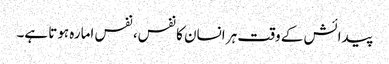
پیدائش کے وقت ہر انسان کا نفس، نفس امارہ ہوتا ہے۔